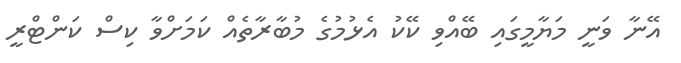
އޭނާ ވަނީ މަޔާމީގައި ބޭއްވި ކޭކު އެޅުމުގެ މުބާރާތެއް ކަމަށްވާ ކިސް ކަންޓްރީ